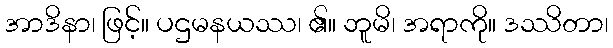
အာဒိနာ၊ ဖြင့်။ ပဌမနယဿ၊ ၏။ ဘူမိ၊ အရာကို။ ဒဿိတာ၊